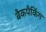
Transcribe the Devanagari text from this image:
बैकपैकिंग